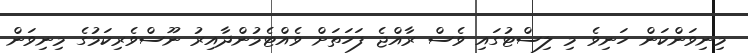
މިނިވަންކަން ހަނިވެ މި ލިސްޓުގައި ވެސް ރާއްޖެ ފަހަތަށް ވެއްޓެމުންދާއިރު ނޫސްވެރިކަމުގެ މިނިވަން